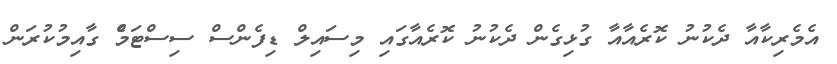
އެމެރިކާއާ ދެކުނު ކޮރެއާއާ ގުޅިގެން ދެކުނު ކޮރެއާގައި މިސައިލް ޑިފެންސް ސިސްޓަމެް ގާއިމުކުރަން